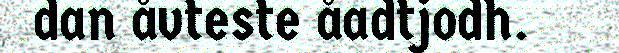
dan åvteste åadtjodh.